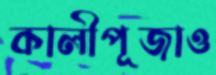
কালীপূজাও